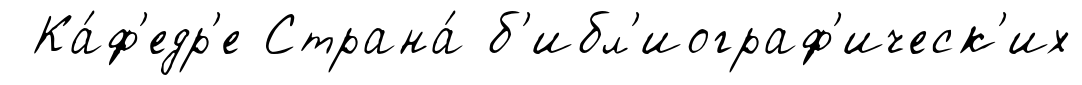
Ка́ф'едр'е Страна́ б'ибл'иограф'ическ'их